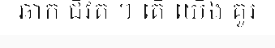
ឆាក ជីវិត ។ តើ យើង គួរ